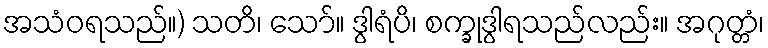
အသံဝရသည်။) သတိ၊ သော်။ ဒွါရံပိ၊ စက္ခုဒွါရသည်လည်း။ အဂုတ္တံ၊